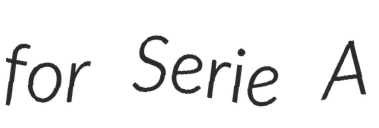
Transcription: for Serie A